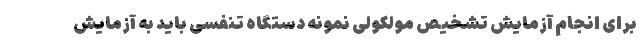
برای انجام آزمایش تشخیص مولکولی نمونه دستگاه تنفسی باید به آزمایش